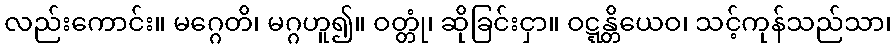
လည်းကောင်း။ မဂ္ဂေတိ၊ မဂ္ဂဟူ၍။ ဝတ္တုံ၊ ဆိုခြင်းငှာ။ ဝဋ္ဋန္တိယေဝ၊ သင့်ကုန်သည်သာ၊